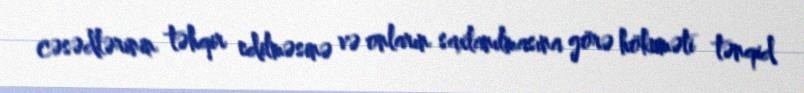
cəsədlərinin təhqir edilməsinə və onların saxlanılmasına görə hökuməti tənqid